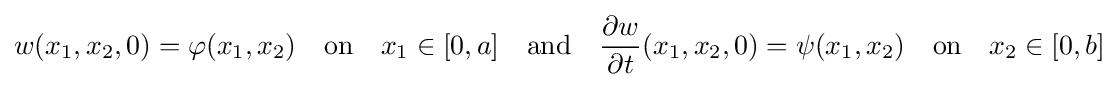
w(x_{1},x_{2},0)=\varphi (x_{1},x_{2})\quad {\text{on}}\quad x_{1}\in [0,a]\quad {\text{and}}\quad {\frac {\partial w}{\partial t}}(x_{1},x_{2},0)=\psi (x_{1},x_{2})\quad {\text{on}}\quad x_{2}\in [0,b]